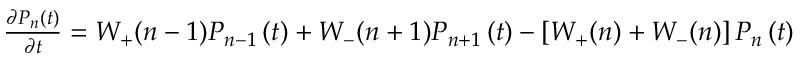
\begin{array} { r } { \frac { { \partial { P _ { n } } \left( t \right) } } { { \partial t } } = { W _ { + } } ( n - 1 ) { P _ { n - 1 } } \left( t \right) + { W _ { - } } ( n + 1 ) { P _ { n + 1 } } \left( t \right) - \left[ { { W _ { + } } ( n ) + { W _ { - } } ( n ) } \right] { P _ { n } } \left( t \right) } \end{array}